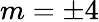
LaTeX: m=\pm 4